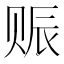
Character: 赈